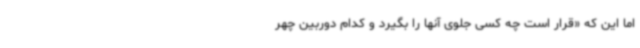
اما این که «قرار است چه‌ کسی جلوی آنها را بگیرد و کدام دوربین چهر